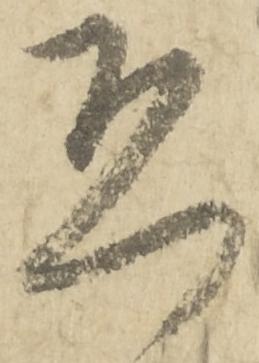
恐